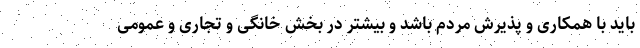
باید با همکاری و پذیرش مردم باشد و بیشتر در بخش خانگی و تجاری و عمومی